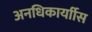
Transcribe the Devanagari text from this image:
अनधिकार्याीस